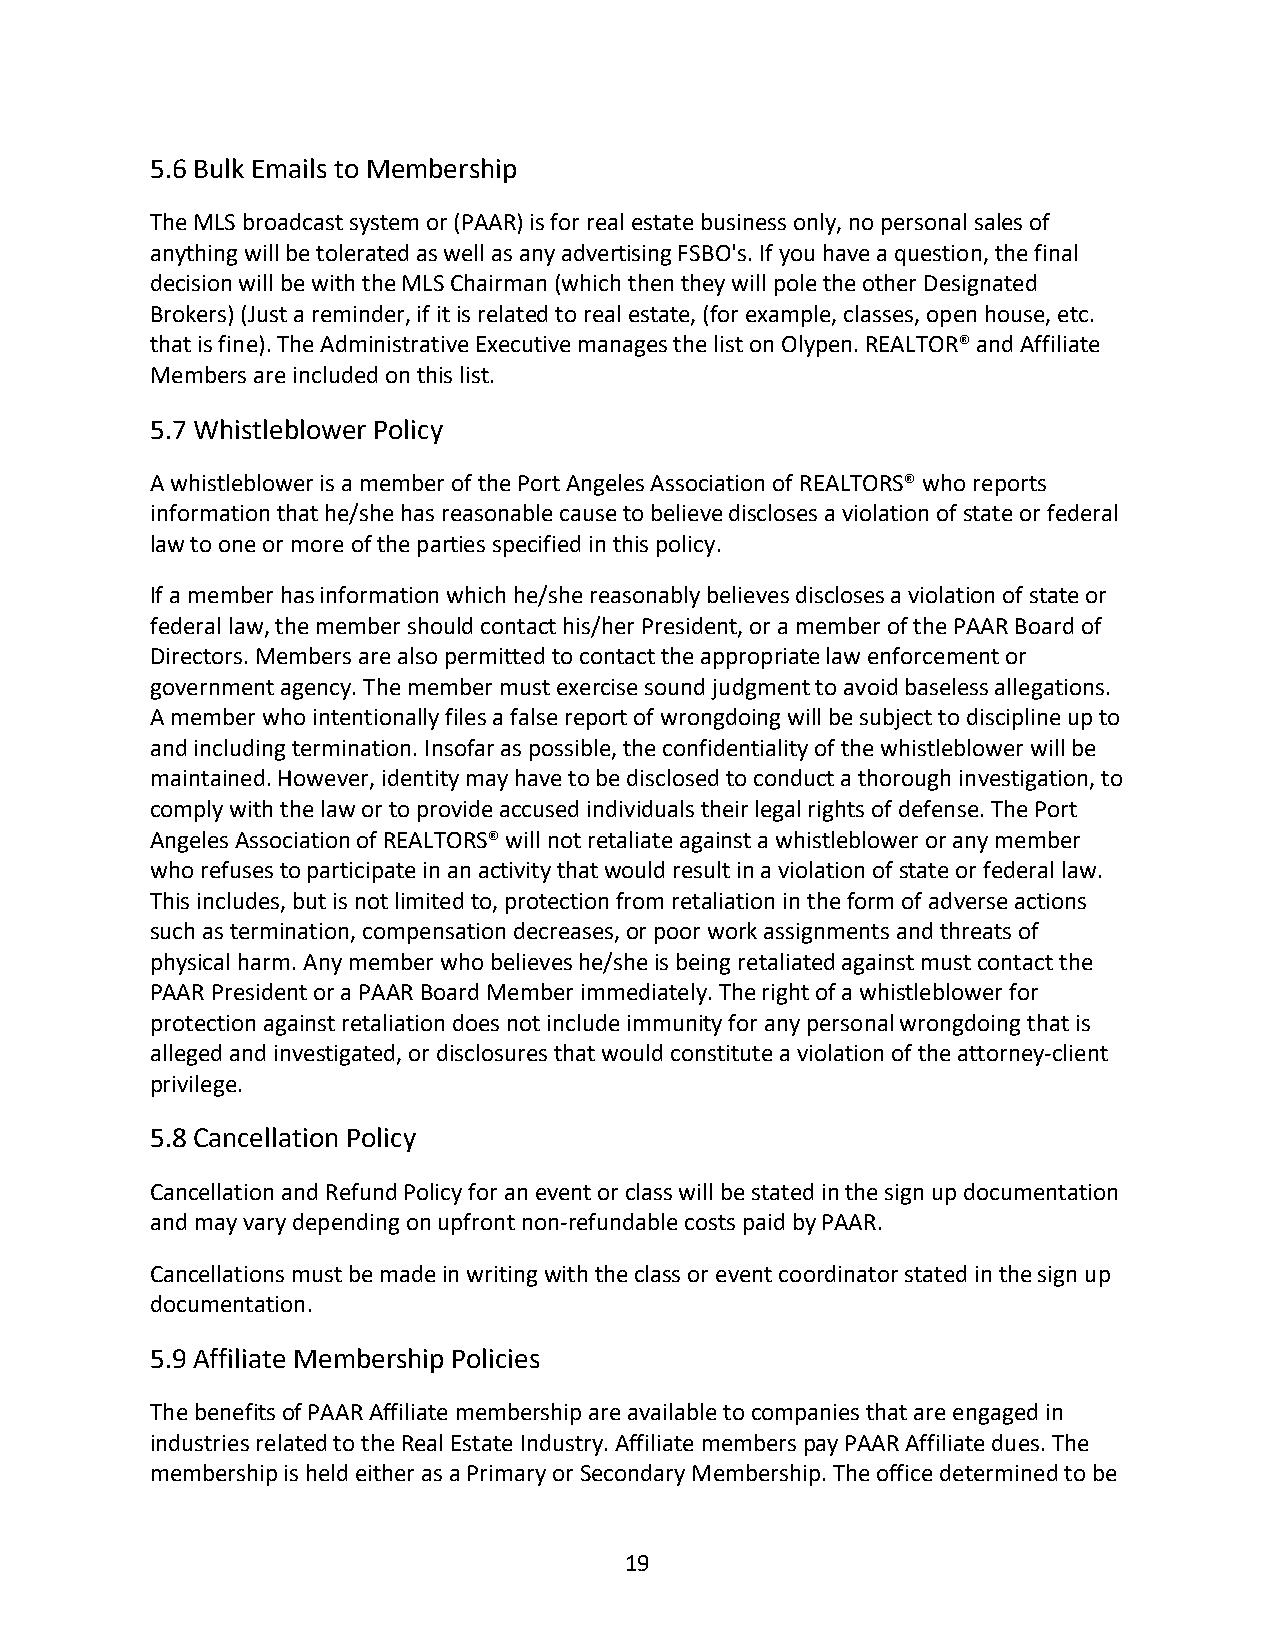
5.6 Bulk Emails to Membership
 The MLS broadcast system or (PAAR) is for real estate business only, no personal sales of
 anything will be tolerated as well as any advertising FSBO's. If you have a question, the final
 decision will be with the MLS Chairman (which then they will pole the other Designated
 Brokers) (Just a reminder, if it is related to real estate, (for example, classes, open house, etc.
 that is fine). The Administrative Executive manages the list on Olypen. REALTOR® and Affiliate
 Members are included on this list.
 5.7 Whistleblower Policy
 A whistleblower is a member of the Port Angeles Association of REALTORS® who reports
 information that he/she has reasonable cause to believe discloses a violation of state or federal
 law to one or more of the parties specified in this policy.
 If a member has information which he/she reasonably believes discloses a violation of state or
 federal law, the member should contact his/her President, or a member of the PAAR Board of
 Directors. Members are also permitted to contact the appropriate law enforcement or
 government agency. The member must exercise sound judgment to avoid baseless allegations.
 A member who intentionally files a false report of wrongdoing will be subject to discipline up to
 and including termination. Insofar as possible, the confidentiality of the whistleblower will be
 maintained. However, identity may have to be disclosed to conduct a thorough investigation, to
 comply with the law or to provide accused individuals their legal rights of defense. The Port
 Angeles Association of REALTORS® will not retaliate against a whistleblower or any member
 who refuses to participate in an activity that would result in a violation of state or federal law.
 This includes, but is not limited to, protection from retaliation in the form of adverse actions
 such as termination, compensation decreases, or poor work assignments and threats of
 physical harm. Any member who believes he/she is being retaliated against must contact the
 PAAR President or a PAAR Board Member immediately. The right of a whistleblower for
 protection against retaliation does not include immunity for any personal wrongdoing that is
 alleged and investigated, or disclosures that would constitute a violation of the attorney-client
 privilege.
 5.8 Cancellation Policy
 Cancellation and Refund Policy for an event or class will be stated in the sign up documentation
 and may vary depending on upfront non-refundable costs paid by PAAR.
 Cancellations must be made in writing with the class or event coordinator stated in the sign up
 documentation.
 5.9 Affiliate Membership Policies
 The benefits of PAAR Affiliate membership are available to companies that are engaged in
 industries related to the Real Estate Industry. Affiliate members pay PAAR Affiliate dues. The
 membership is held either as a Primary or Secondary Membership. The office determined to be
 19